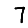
Digit: 7